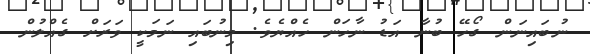
ނުބައިނަން ގޯހޭ ބުނާ އަޑު ނާހަން ހެއްޔެވެ. މިނުބައި ނަމަކީ ވަރަށް ގެއްލުން